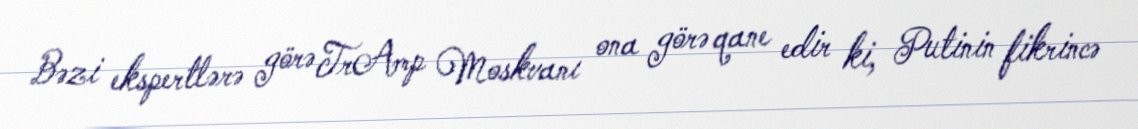
Bəzi ekspertlərə görə TrAmp Moskvanı ona görə qane edir ki, Putinin fikrincə